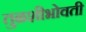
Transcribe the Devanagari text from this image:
तुळशीभोवती